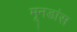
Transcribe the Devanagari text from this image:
मूनडांस